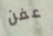
عفن